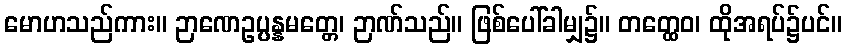
မောဟသည်ကား။ ဉာဏေဥပ္ပန္နမတ္တေ၊ ဉာဏ်သည်။ ဖြစ်ပေါ်ခါမျှ၌။ တတ္ထေဝ၊ ထိုအရပ်၌ပင်။